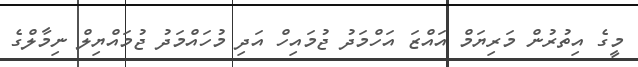
މީގެ އިތުރުން މަރިޔަމް އައްޒަ އަހްމަދު ޖުމައިހް އަދި މުހައްމަދު ޖުމައްޔިލް ނިމާލްގެ